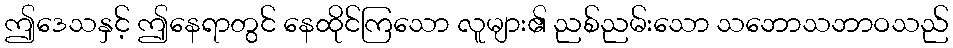
ဤဒေသနှင့် ဤနေရာတွင် နေထိုင်ကြသော လူများ၏ ညစ်ညမ်းသော သဘောသဘာဝသည်